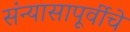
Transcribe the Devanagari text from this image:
संन्यासापूर्वीचे